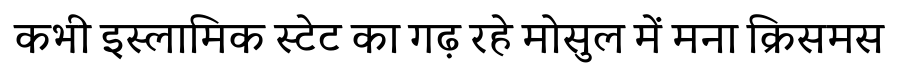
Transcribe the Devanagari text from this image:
कभी इस्लामिक स्टेट का गढ़ रहे मोसुल में मना क्रिसमस